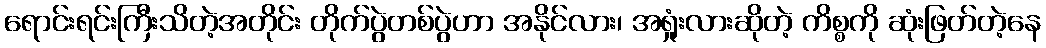
ရောင်းရင်းကြီးသိတဲ့အတိုင်း တိုက်ပွဲတစ်ပွဲဟာ အနိုင်လား၊ အရှုံးလားဆိုတဲ့ ကိစ္စကို ဆုံးဖြတ်တဲ့နေ